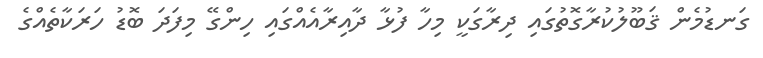
ގަނޑުމެން ޤަބޫލުކުރާގޮތުގައި ދިރާގަކީ މިހާ ފުޅާ ދާއިރާއެއްގައި ހިންގޭ މިފަދަ ބޮޑު ހަރަކާތެއްގެ